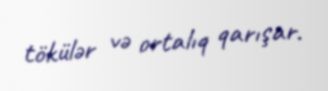
tökülər və ortalıq qarışar.